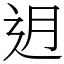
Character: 迌